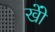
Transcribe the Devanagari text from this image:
खोें